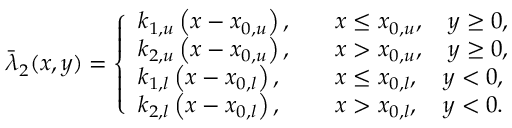
\Bar { \lambda } _ { 2 } ( x , y ) = \left\{ \begin{array} { l l } { k _ { 1 , u } \left( x - x _ { 0 , u } \right) , } & { \quad x \leq x _ { 0 , u } , \quad y \geq 0 , } \\ { k _ { 2 , u } \left( x - x _ { 0 , u } \right) , } & { \quad x > x _ { 0 , u } , \quad y \geq 0 , } \\ { k _ { 1 , l } \left( x - x _ { 0 , l } \right) , } & { \quad x \leq x _ { 0 , l } , \quad y < 0 , } \\ { k _ { 2 , l } \left( x - x _ { 0 , l } \right) , } & { \quad x > x _ { 0 , l } , \quad y < 0 . } \end{array} \right.